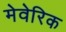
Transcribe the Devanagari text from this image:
मेवेरिक